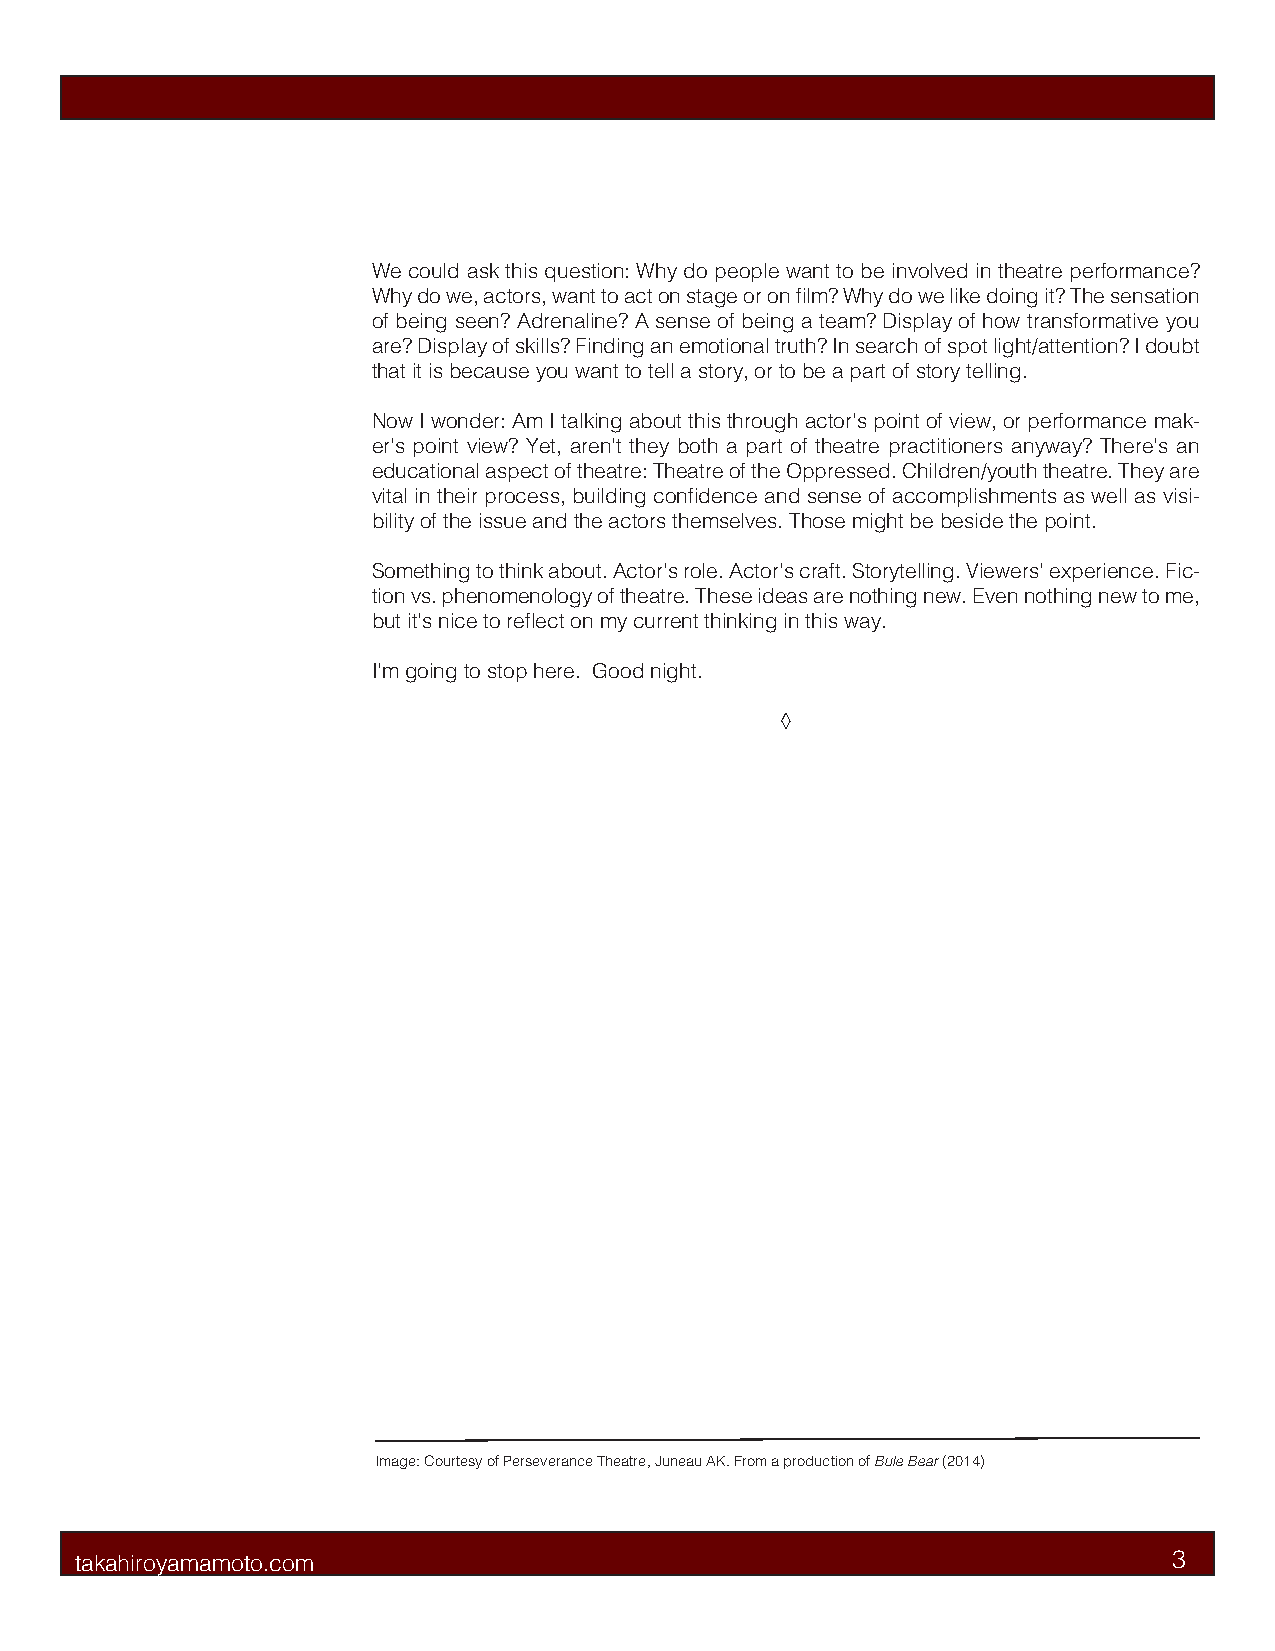
We could ask this question: Why do people want to be involved in theatre performance?
 Why do we, actors, want to act on stage or on film? Why do we like doing it? The sensation
 of being seen? Adrenaline? A sense of being a team? Display of how transformative you
 are? Display of skills? Finding an emotional truth? In search of spot light/attention? I doubt
 that it is because you want to tell a story, or to be a part of story telling.
 Now I wonder: Am I talking about this through actor’s point of view, or performance mak-
 er’s point view? Yet, aren’t they both a part of theatre practitioners anyway? There’s an
 educational aspect of theatre: Theatre of the Oppressed. Children/youth theatre. They are
 vital in their process, building confidence and sense of accomplishments as well as visi-
 bility of the issue and the actors themselves. Those might be beside the point.
 Something to think about. Actor’s role. Actor’s craft. Storytelling. Viewers’ experience. Fic-
 tion vs. phenomenology of theatre. These ideas are nothing new. Even nothing new to me,
 but it’s nice to reflect on my current thinking in this way.
 I’m going to stop here. Good night.
 ◊
 Image: Courtesy of Perseverance Theatre, Juneau AK. From a production of Bule Bear (2014)
 takahiroyamamoto.com                                                     3